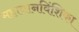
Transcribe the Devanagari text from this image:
महायानविंशिका